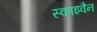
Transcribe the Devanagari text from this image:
स्काइवैन